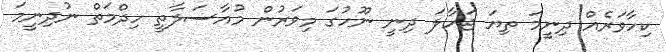
ކިހާވަރެއް ދިނީމަ ތިޔަ ޖަހާލަ ދިނީ ނޫހުގަ މިވަރުން މުއާސަލާތީ ހިދްމަތް ނުދިނީމަ